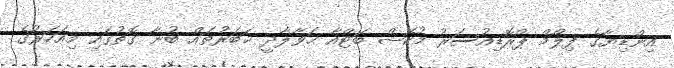
އިންޑިޔާގެ ފިލްމް ޕްރޮޑިއުސަރު މުކޭޝް ބަޓްއާ ޙަވާލާދީ ޚަބަރުތައް ބުނާ ގޮތުގައި މިއަހަރުގެ